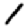
Digit: 1